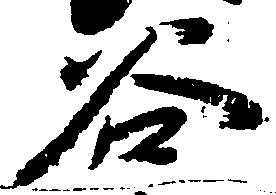
谷